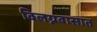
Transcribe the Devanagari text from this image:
विलग्नवासात